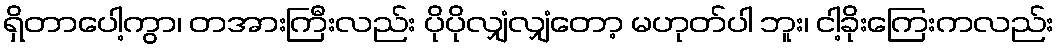
ရှိတာပေါ့ကွာ၊ တအားကြီးလည်း ပိုပိုလျှံလျှံတော့ မဟုတ်ပါ ဘူး၊ ငါ့ခိုးကြေးကလည်း